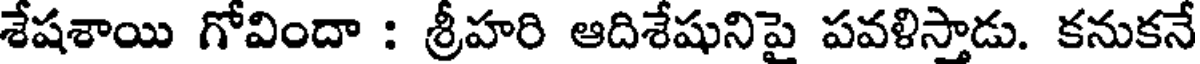
శేషశాయి గోవిందా : శ్రీహరి ఆదిశేషునిపై పవళిస్తాడు. కనుకనే